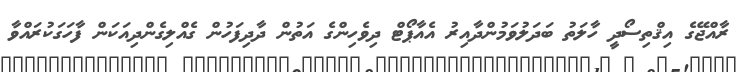
ރާއްޖޭގެ އިޤްތިސޯދީ ހާލަތު ބަދަލުވަމުންދާއިރު އެއާޕޯޓް ދިވެހިންގެ އަތުން ދާދިފަހުން ގެއްލިގެންދިއަކަން ފާހަގަކުރައްވާ